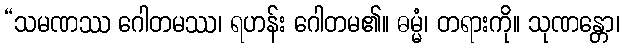
“သမဏဿ ဂေါတမဿ၊ ရဟန်း ဂေါတမ၏။ ဓမ္မံ၊ တရားကို။ သုဏန္တော၊